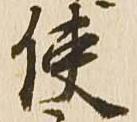
使